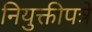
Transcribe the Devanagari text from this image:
नियुक्तीपत्रे